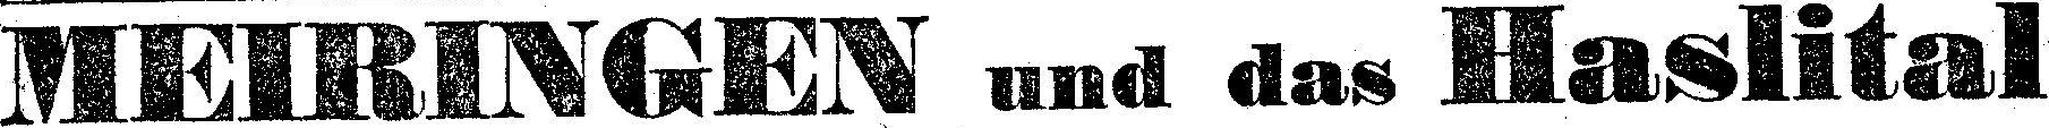
MEIRINGEN und das Haslital